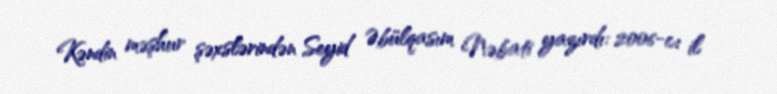
Kəndin məşhur şəxslərindən Seyid Əbülqasım Nəbati yazırdı: 2006-cı il